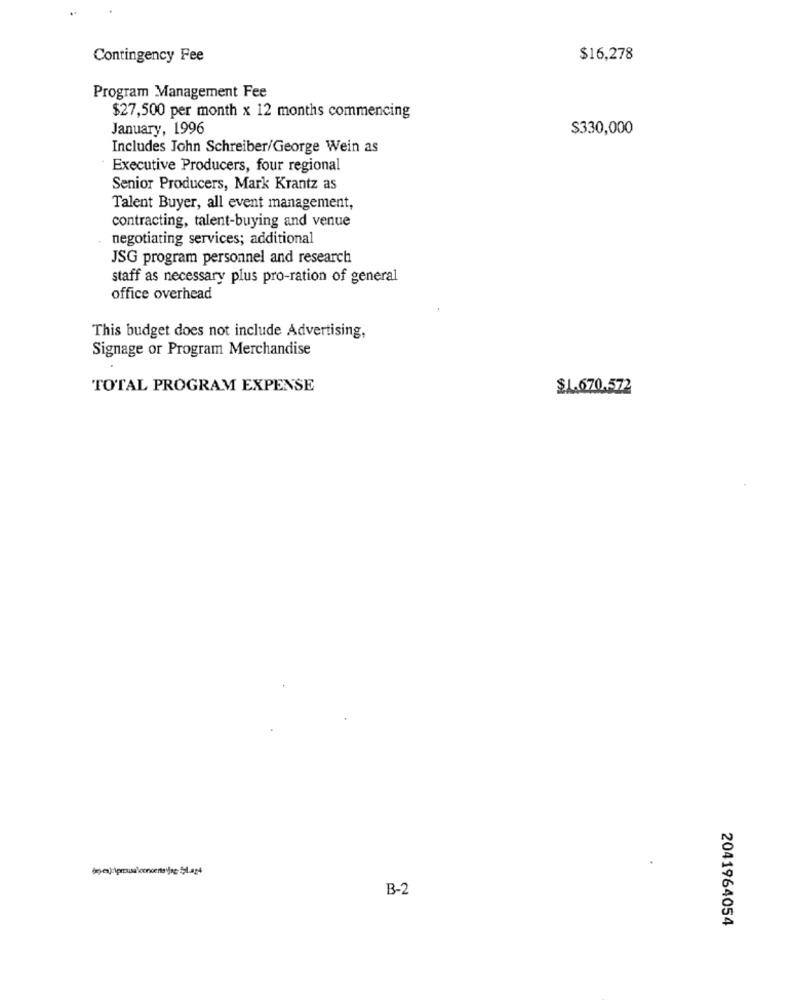
Contingency Fee
$16,278
Program Management Fee
$27,500 per month x 12 months commencing
January, 1996
$330,000
Includes John Schreiber/George Wein as
Executive Producers, four regional
Senior Producers, Mark Krantz as
Talent Buyer, all event management,
contracting, talent-buying and venue
negotiating services; additional
JSG program personnel and research
staff as necessary plus pro-ration of general
office overhead
This budget does not include Advertising,
Signage or Program Merchandise
TOTAL PROGRAM EXPENSE
$1.670.572
(p.ex) iprousalooncents viae- 54-og4
B-2
2041964054